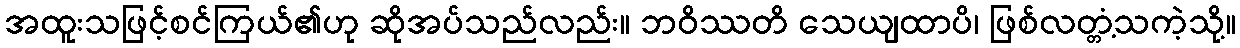
အထူးသဖြင့်စင်ကြယ်၏ဟု ဆိုအပ်သည်လည်း။ ဘဝိဿတိ သေယျထာပိ၊ ဖြစ်လတ္တံ့သကဲ့သို့။